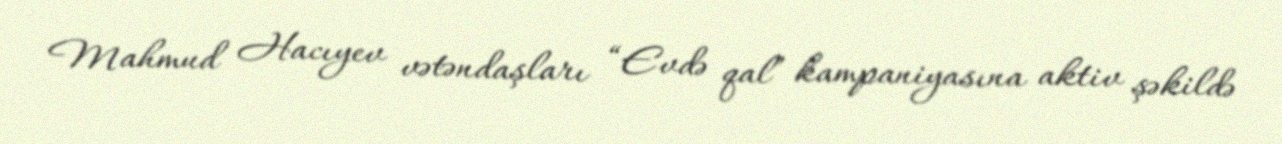
Mahmud Hacıyev vətəndaşları “Evdə qal” kampaniyasına aktiv şəkildə